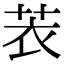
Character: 䒾